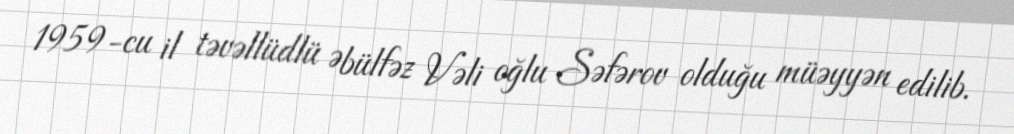
1959-cu il təvəllüdlü Əbülfəz Vəli oğlu Səfərov olduğu müəyyən edilib.